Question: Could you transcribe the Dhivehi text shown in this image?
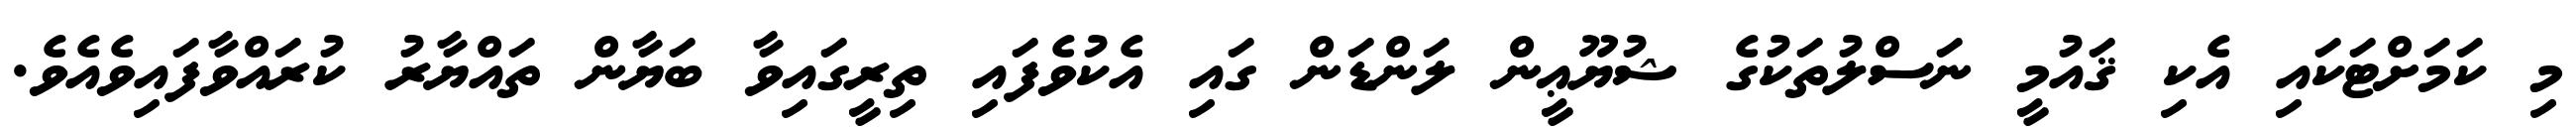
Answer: މި ކަމަށްޓަކައި އެކި ޤައުމީ ނަސްލުތަކުގެ ޝުޔޫޢީން ލަންޑަން ގައި އެކުވެފައި ތިރީގައިވާ ބަޔާން ތައްޔާރު ކުރައްވާފައިވެއެވެ.